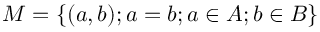
M = \left\{ ( a , b ) ; a = b ; a \in A ; b \in B \right\}